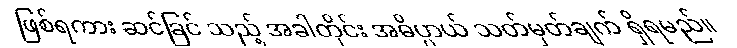
ဖြစ်ရကား ဆင်ခြင် သည့် အခါတိုင်း အဓိပ္ပာယ် သတ်မှတ်ချက် ရှိရမည်။